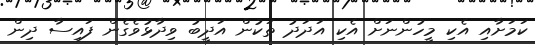
ކަމަށާއި އެކި މީހުންނަށް އެކި އަދަދު ތަކުން އަދީބު ވިދާޅުވެގެން ފައިސާ ދިން